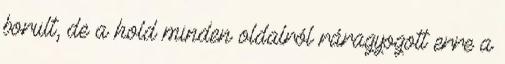
borult, de a hold minden oldalról ráragyogott erre a